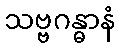
သဗ္ဗဂန္ဓာနံ